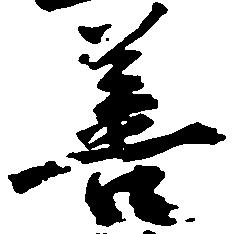
善